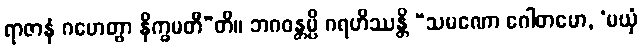
ရာဇာနံ ဂဟေတွာ နိက္ခမတီ”တိ။ ဘဂဝန္တမ္ပိ ဂရဟိဿန္တိ “သမဏော ဂေါတမော, ‘မယှံ